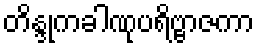
တိန္ဒုကခါဏုပရိဗ္ဗာဇကာ